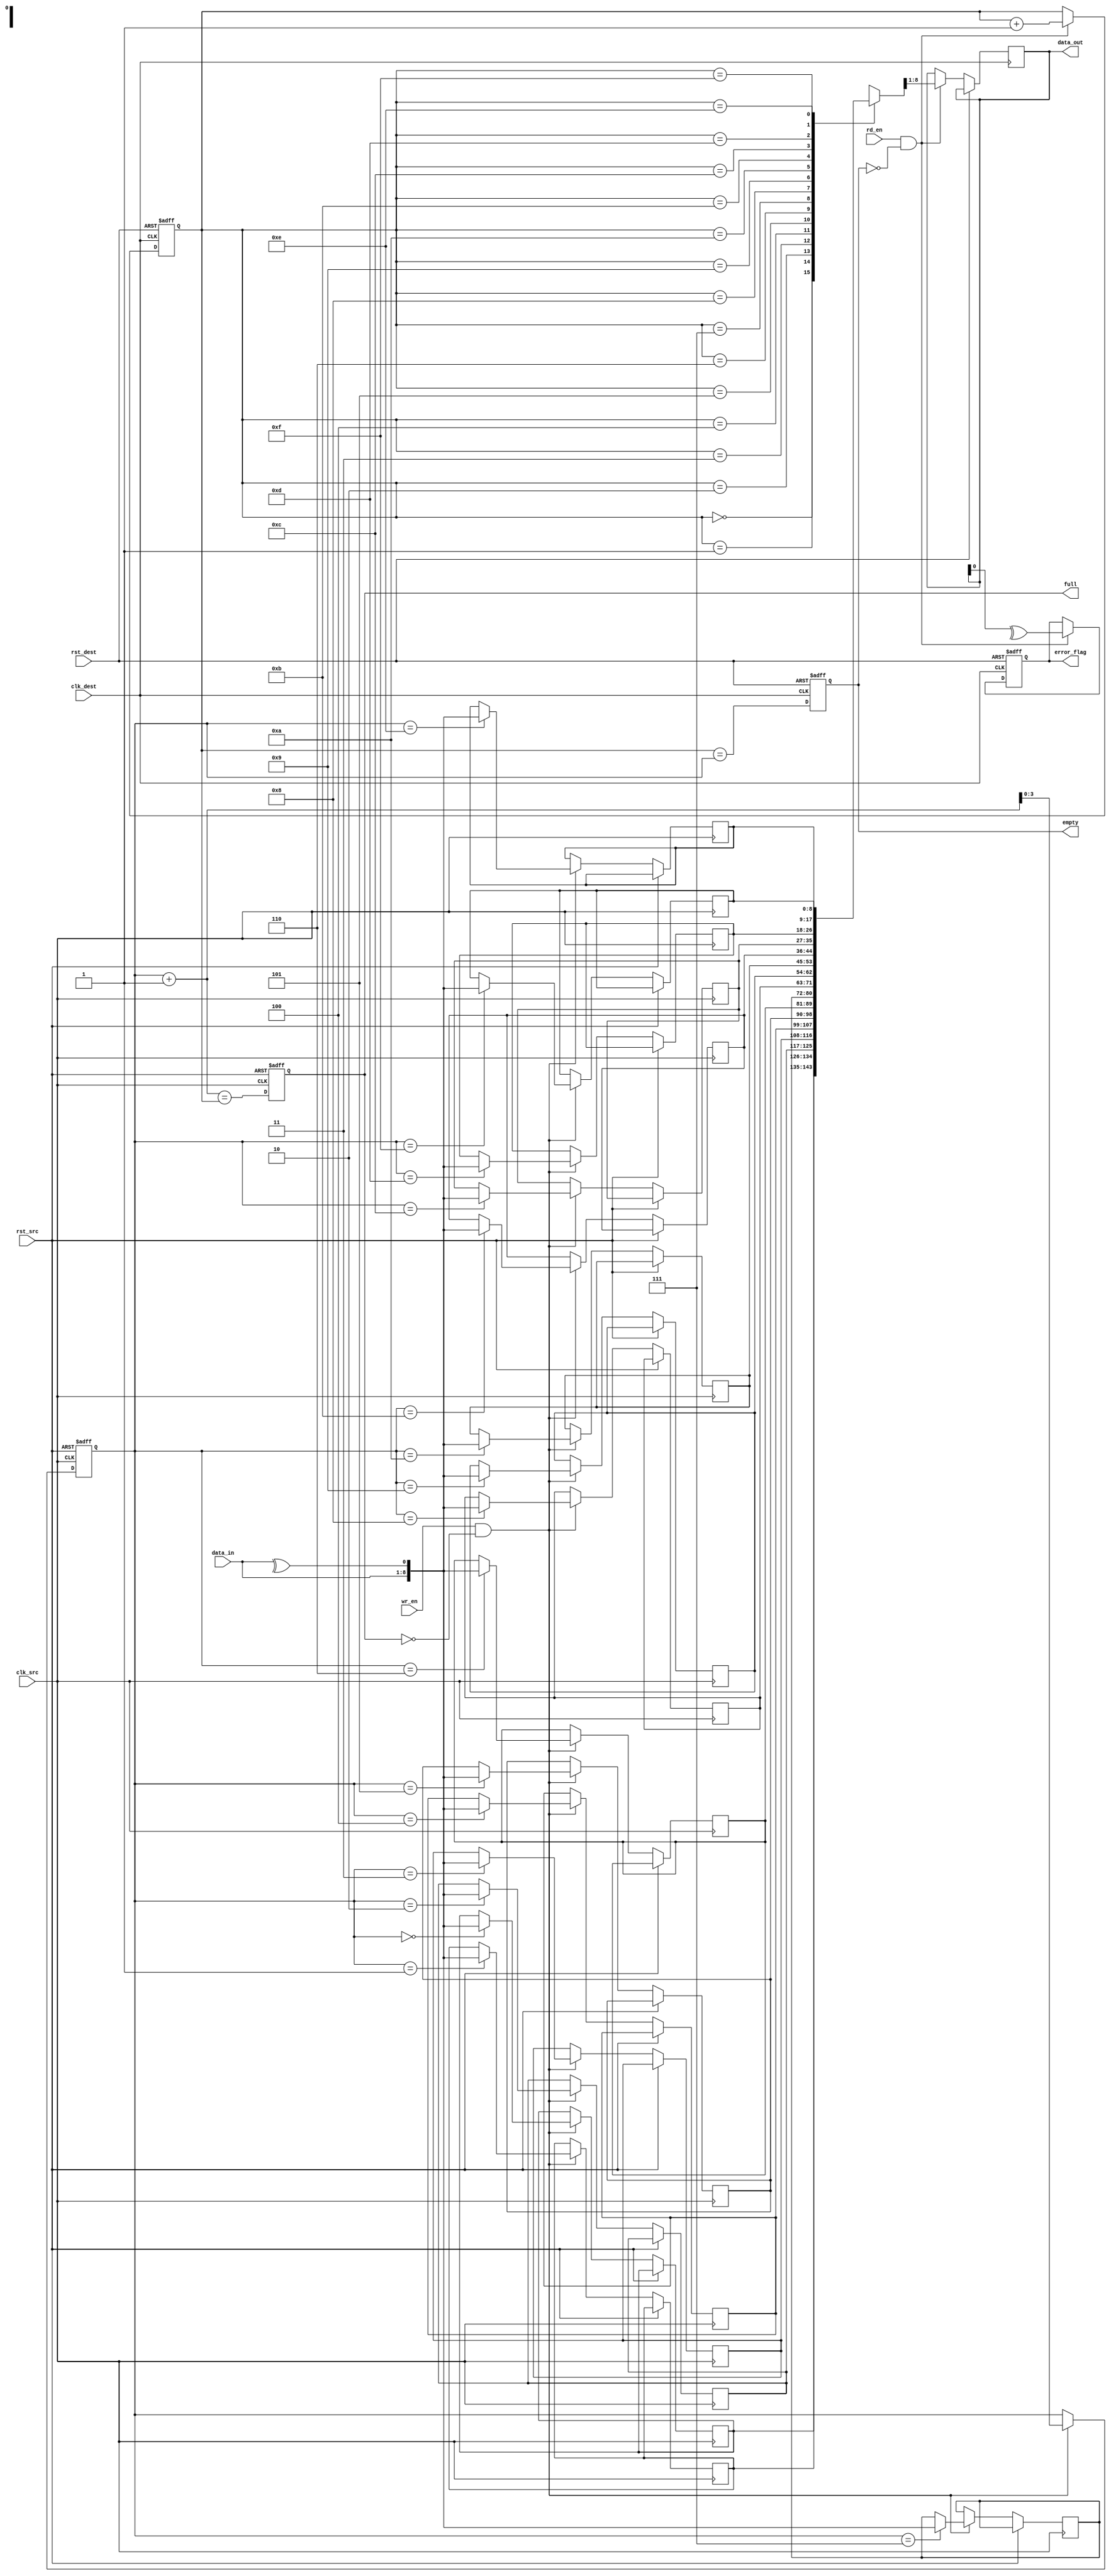
module dual_clock_fifo #(
    parameter DATA_WIDTH = 8,
    parameter FIFO_DEPTH = 16
)(
    input wire clk_src,           // Source clock
    input wire clk_dest,          // Destination clock
    input wire rst_src,           // Asynchronous reset for source domain
    input wire rst_dest,          // Asynchronous reset for destination domain
    input wire [DATA_WIDTH-1:0] data_in, // Input data
    input wire wr_en,             // Write enable
    input wire rd_en,             // Read enable
    output reg [DATA_WIDTH-1:0] data_out, // Output data
    output reg error_flag,        // Error flag for parity mismatch
    output reg full,              // FIFO full flag
    output reg empty              // FIFO empty flag
);

    // FIFO memory
    reg [DATA_WIDTH:0] fifo_mem[FIFO_DEPTH-1:0]; // Data + parity bit
    reg [3:0] wr_ptr; // Write pointer
    reg [3:0] rd_ptr; // Read pointer
    reg [3:0] wr_ptr_gray; // Gray coded write pointer
    reg [3:0] rd_ptr_gray; // Gray coded read pointer
    reg [3:0] wr_ptr_gray_sync; // Synchronized gray write pointer
    reg [3:0] rd_ptr_gray_sync; // Synchronized gray read pointer

    // Write Logic
    always @(posedge clk_src or posedge rst_src) begin
        if (rst_src) begin
            wr_ptr <= 0;
            full <= 0;
        end else begin
            if (wr_en && !full) begin
                // Calculate parity (even parity)
                fifo_mem[wr_ptr] <= {data_in, ^data_in}; // Store data + parity
                wr_ptr <= wr_ptr + 1;
            end
            // Update full flag
            full <= (wr_ptr + 1 == rd_ptr);
        end
    end

    // Read Logic
    always @(posedge clk_dest or posedge rst_dest) begin
        if (rst_dest) begin
            rd_ptr <= 0;
            empty <= 1;
            error_flag <= 0;
        end else begin
            if (rd_en && !empty) begin
                {data_out, error_flag} <= fifo_mem[rd_ptr]; // Read data + parity
                // Check parity
                error_flag <= (data_out[DATA_WIDTH-1:0] ^ data_out[DATA_WIDTH]);
                rd_ptr <= rd_ptr + 1;
            end
            // Update empty flag
            empty <= (rd_ptr == wr_ptr);
        end
    end

    // Gray code conversion for write pointer
    always @(posedge clk_src or posedge rst_src) begin
        if (rst_src) begin
            wr_ptr_gray <= 0;
        end else begin
            wr_ptr_gray <= wr_ptr ^ (wr_ptr >> 1); // Convert to Gray code
        end
    end

    // Gray code synchronization for write pointer
    always @(posedge clk_dest or posedge rst_dest) begin
        if (rst_dest) begin
            wr_ptr_gray_sync <= 0;
        end else begin
            wr_ptr_gray_sync <= wr_ptr_gray; // Synchronize write pointer
        end
    end

    // Gray code conversion for read pointer
    always @(posedge clk_dest or posedge rst_dest) begin
        if (rst_dest) begin
            rd_ptr_gray <= 0;
        end else begin
            rd_ptr_gray <= rd_ptr ^ (rd_ptr >> 1); // Convert to Gray code
        end
    end

    // Gray code synchronization for read pointer
    always @(posedge clk_src or posedge rst_src) begin
        if (rst_src) begin
            rd_ptr_gray_sync <= 0;
        end else begin
            rd_ptr_gray_sync <= rd_ptr_gray; // Synchronize read pointer
        end
    end

endmodule